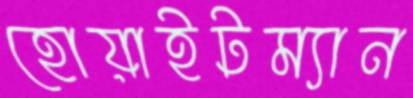
হোয়াইটম্যান